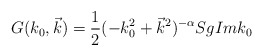
\begin{align*}G(k_0,\vec{k})=\frac{1}{2}(-k_0^2+\vec{k}^2)^{-\alpha} Sg Im k_0\end{align*}